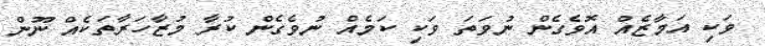
ވަކި އަމާޒެއް އޮވެގެން ނުވަތަ ވަކި ކަމެއް ނުވެގެން ކުރާ މުޒާހަރާތަކެއް ނޫން